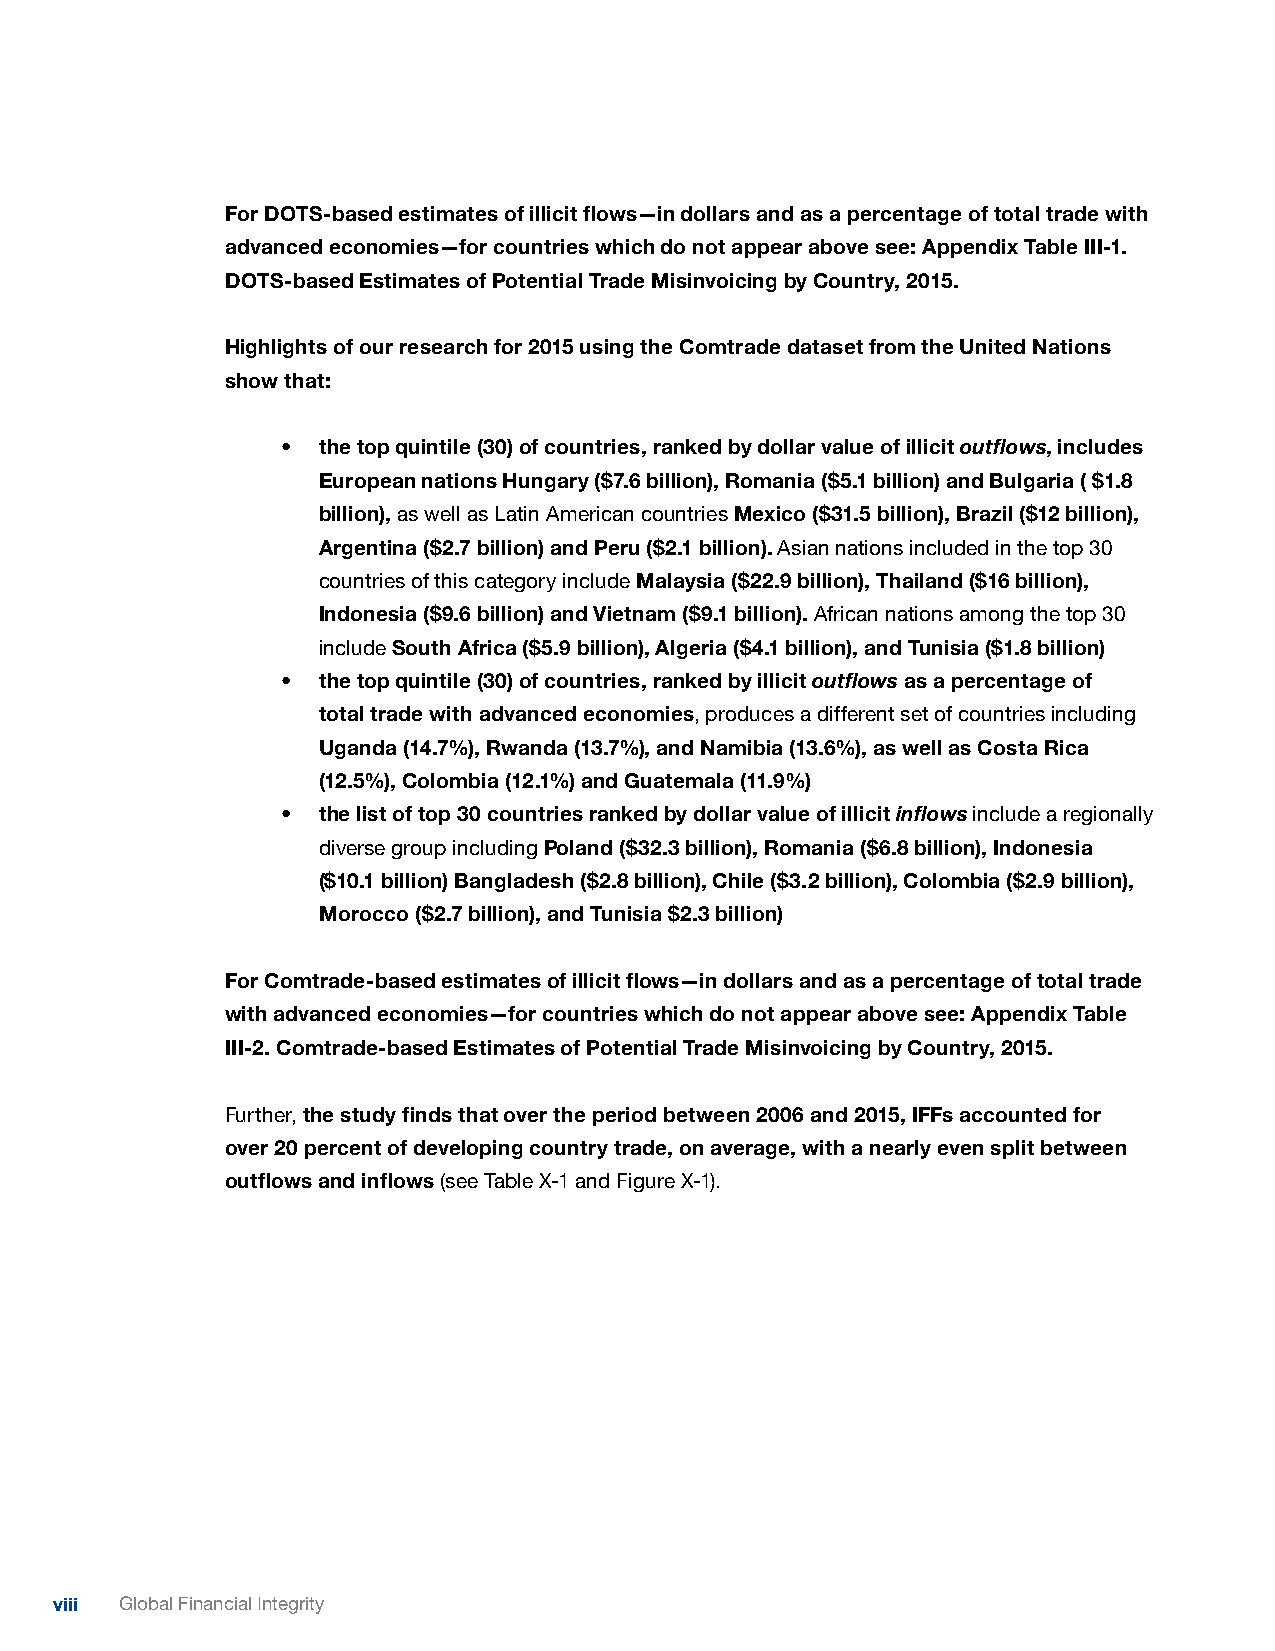
For DOTS-based estimates of illicit flows—in dollars and as a percentage of total trade with
 advanced economies—for countries which do not appear above see: Appendix Table III-1.
 DOTS-based Estimates of Potential Trade Misinvoicing by Country, 2015.
 Highlights of our research for 2015 using the Comtrade dataset from the United Nations
 show that:
 • the top quintile (30) of countries, ranked by dollar value of illicit outflows, includes
 European nations Hungary ($7.6 billion), Romania ($5.1 billion) and Bulgaria ( $1.8
 billion), as well as Latin American countries Mexico ($31.5 billion), Brazil ($12 billion),
 Argentina ($2.7 billion) and Peru ($2.1 billion). Asian nations included in the top 30
 countries of this category include Malaysia ($22.9 billion), Thailand ($16 billion),
 Indonesia ($9.6 billion) and Vietnam ($9.1 billion). African nations among the top 30
 include South Africa ($5.9 billion), Algeria ($4.1 billion), and Tunisia ($1.8 billion)
 • the top quintile (30) of countries, ranked by illicit outflows as a percentage of
 total trade with advanced economies, produces a different set of countries including
 Uganda (14.7%), Rwanda (13.7%), and Namibia (13.6%), as well as Costa Rica
 (12.5%), Colombia (12.1%) and Guatemala (11.9%)
 • the list of top 30 countries ranked by dollar value of illicit inflows include a regionally
 diverse group including Poland ($32.3 billion), Romania ($6.8 billion), Indonesia
 ($10.1 billion) Bangladesh ($2.8 billion), Chile ($3.2 billion), Colombia ($2.9 billion),
 Morocco ($2.7 billion), and Tunisia $2.3 billion)
 For Comtrade-based estimates of illicit flows—in dollars and as a percentage of total trade
 with advanced economies—for countries which do not appear above see: Appendix Table
 III-2. Comtrade-based Estimates of Potential Trade Misinvoicing by Country, 2015.
 Further, the study finds that over the period between 2006 and 2015, IFFs accounted for
 over 20 percent of developing country trade, on average, with a nearly even split between
 outflows and inflows (see Table X-1 and Figure X-1).
 viii Global Financial Integrity